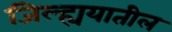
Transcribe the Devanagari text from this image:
जिल्ह्ययातील